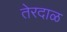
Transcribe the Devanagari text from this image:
तेरदाळ